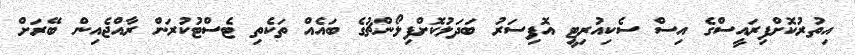
އިތުރުކޮށްފިރައީސްގެ އިސް ސެކިއުރިޓީ އޮފިސަރު ބަދަލުކޮށްފިލޯންޗުގެ ބައެއް ތަކެތި ޓެސްޓުކުރަން ރާއްޖެއިން ބޭރަށް